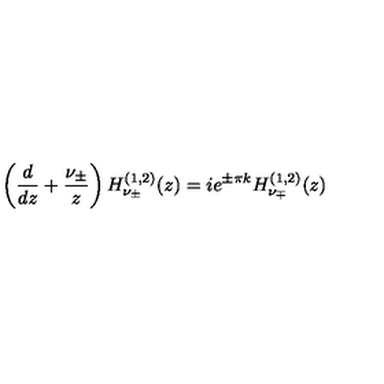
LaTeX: \left( \frac { d } { d z } + \frac { \nu _ { \pm } } { z } \right) H _ { \nu _ { \pm } } ^ { ( 1 , 2 ) } ( z ) = i e ^ { \pm \pi k } H _ { \nu _ { \mp } } ^ { ( 1 , 2 ) } ( z )